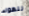
للهواء